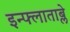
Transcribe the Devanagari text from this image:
इन्फ्लाताब्ले